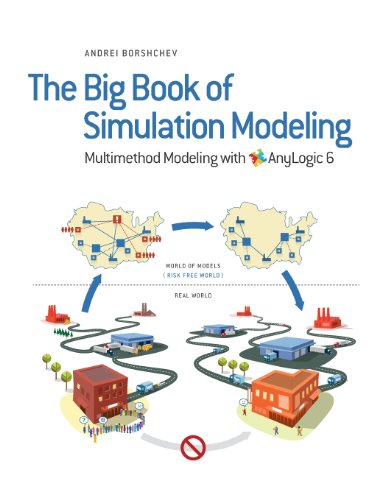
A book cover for The Big Book of Simulation Modeling: Multimethod Modeling with Anylogic 6; Andrei Borshchev; Computers & Technology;